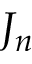
J _ { n }